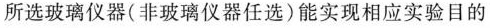
所选玻璃仪器(非玻璃仪器任选)能实现相应实验目的